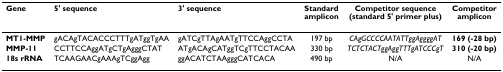
<table><thead><tr><td><b>Gene</b></td><td><b>5&#x27; sequence</b></td><td><b>3&#x27; sequence</b></td><td><b>Standard amplicon</b></td><td><b>Competitor sequence (standard 5&#x27; primer plus)</b></td><td><b>Competitor amplicon</b></td></tr></thead><tbody><tr><td><b>MT1-MMP</b></td><td>gACAgTACACCCTTTgATggTgAA</td><td>gATCgTTAgAATgTTCCAggCCTA</td><td>197 bp</td><td><i>CAgGCCCCAATATTggAggggAT</i></td><td><b>169 (-28 bp)</b></td></tr><tr><td><b>MMP-11</b></td><td>CCTTCCAggATgCTgAgggCTAT</td><td>ATgACAgCATggTCgTTCCTACAA</td><td>330 bp</td><td><i>TCTCTACTggAggTTTgATCCCgT</i></td><td><b>310 (-20 bp)</b></td></tr><tr><td><b>18s rRNA</b></td><td>TCAAGAACgAAAgTCggAgg</td><td>ggACATCTAAgggCATCACA</td><td>490 bp</td><td>N/A</td><td>N/A</td></tr></tbody></table>